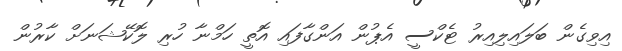
އިވިގެން ބަލައިލިއިރު ޓެކްސީ އެޕުން އަންގާފައި އޮތީ ހަމްނާ ހުރި ލޮކޭޝަނަށް ކާރުން